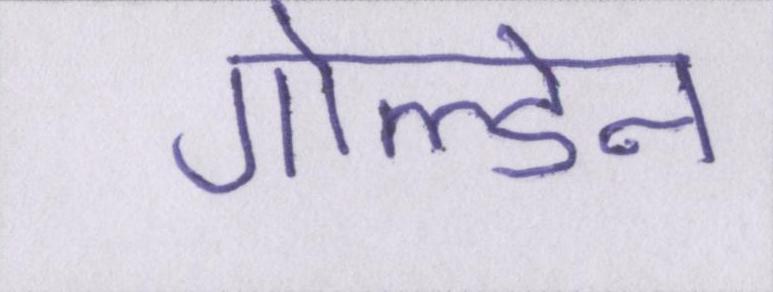
गोल्डेन